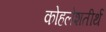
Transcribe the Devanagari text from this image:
कोहलेशतीर्थ